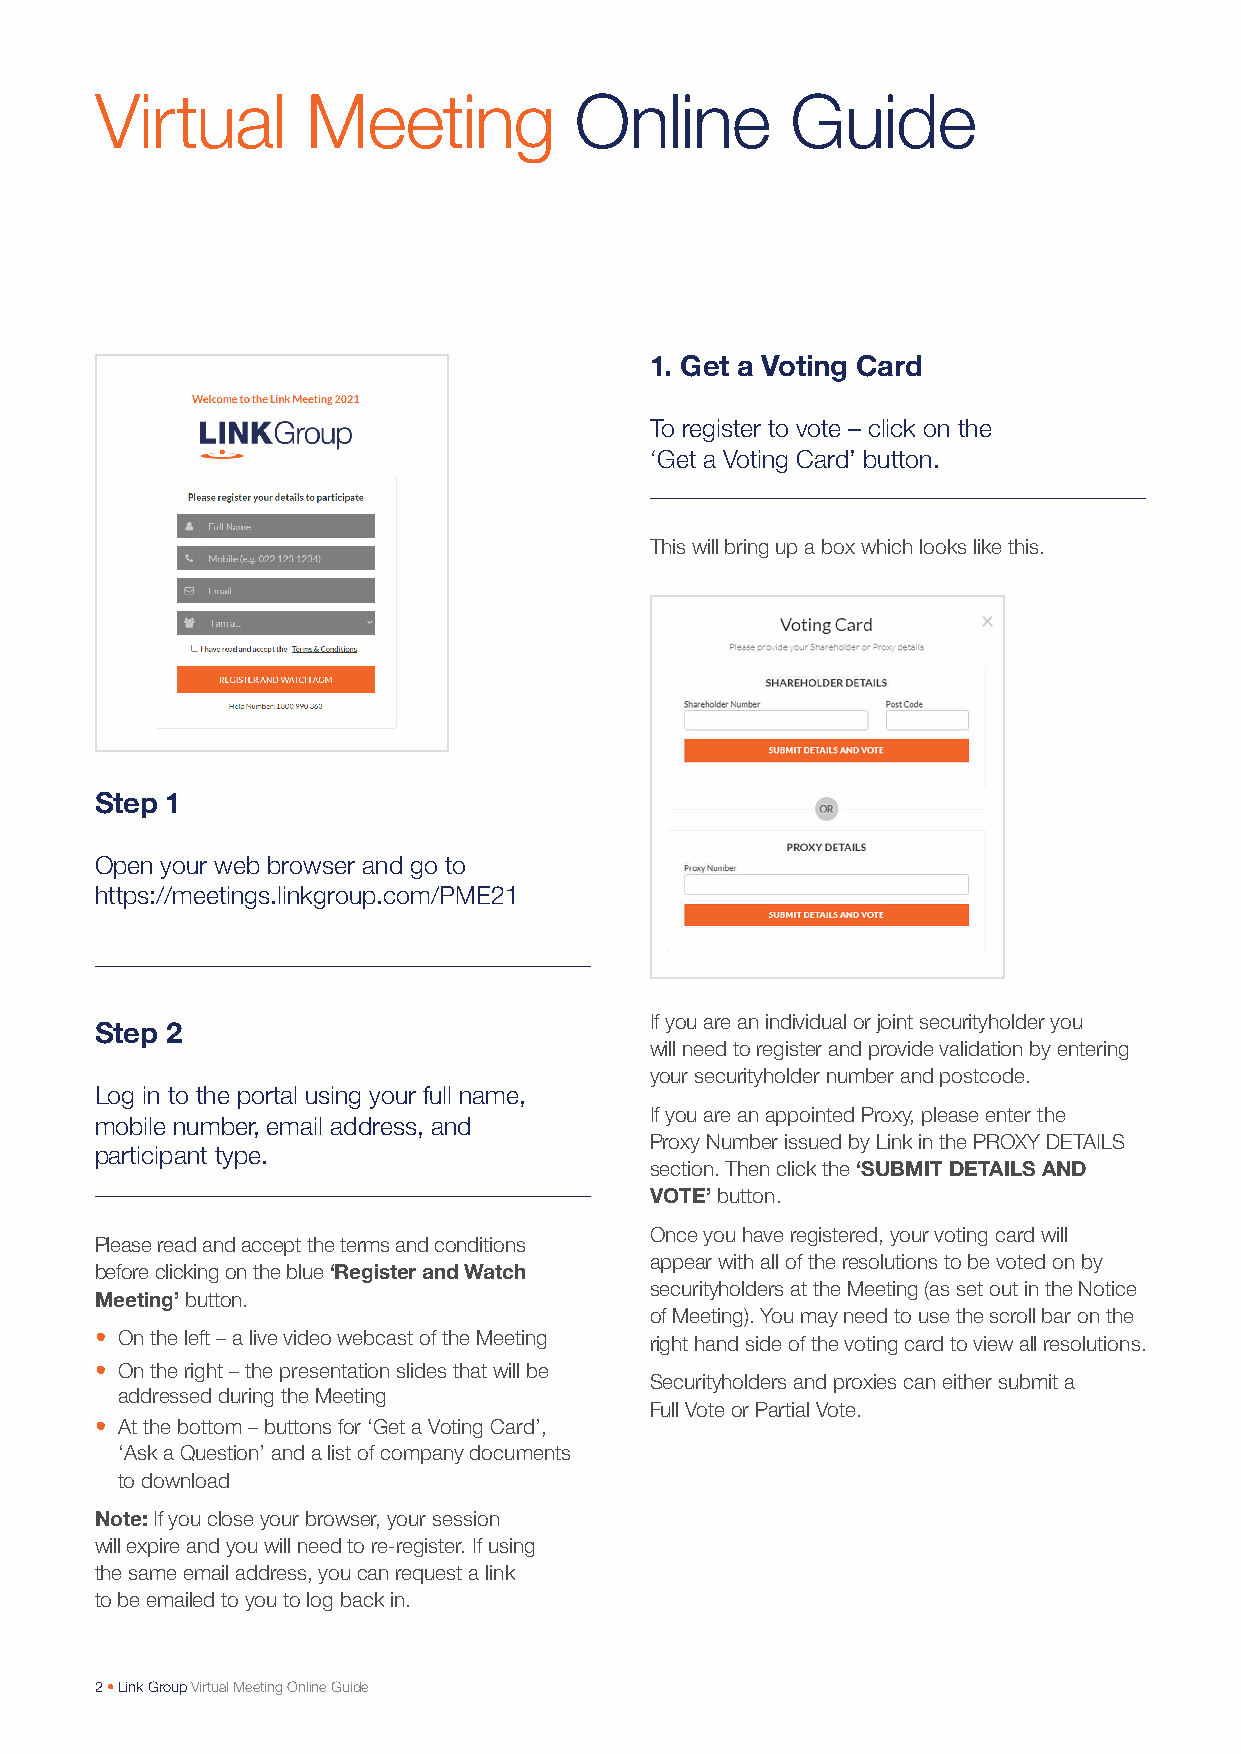
Virtual       Meeting           Online        Guide
 1. Get a Voting Card
 To register to vote – click on the
 ‘Get a Voting Card’ button.
 This will bring up a box which looks like this.
 Step 1
 Open your web browser and go to
 https://meetings.linkgroup.com/PME21
 If you are an individual or joint securityholder you
 Step 2
 will need to register and provide validation by entering
 your securityholder number and postcode.
 Log in to the portal using your full name,
 If you are an appointed Proxy, please enter the
 mobile number, email address, and
 Proxy Number issued by Link in the PROXY DETAILS
 participant type.
 section. Then click the ‘SUBMIT DETAILS AND
 VOTE’ button.
 Once you have registered, your voting card will
 Please read and accept the terms and conditions
 appear with all of the resolutions to be voted on by
 before clicking on the blue ‘Register and Watch
 securityholders at the Meeting (as set out in the Notice
 Meeting’ button.
 of Meeting). You may need to use the scroll bar on the
 • On the left – a live video webcast of the Meeting right hand side of the voting card to view all resolutions.
 • On the right – the presentation slides that will be
 Securityholders and proxies can either submit a
 addressed during the Meeting
 Full Vote or Partial Vote.
 • At the bottom – buttons for ‘Get a Voting Card’,
 ‘Ask a Question’ and a list of company documents
 to download
 Note: If you close your browser, your session
 will expire and you will need to re-register. If using
 the same email address, you can request a link
 to be emailed to you to log back in.
 2 • Link Group Virtual Meeting Online Guide